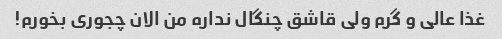
غذا عالی و گرم ولی قاشق چنگال نداره من الان چجوری بخورم!